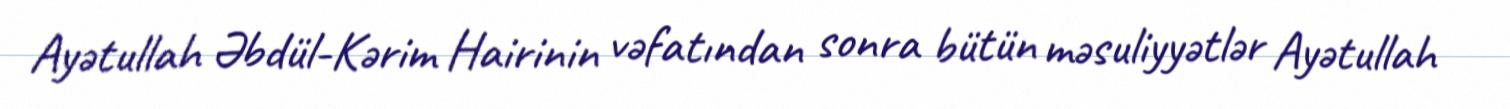
Ayətullah Əbdül-Kərim Hairinin vəfatından sonra bütün məsuliyyətlər Ayətullah